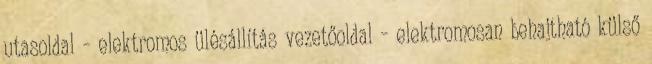
utasoldal – elektromos ülésállítás vezetőoldal – elektromosan behajtható külső